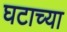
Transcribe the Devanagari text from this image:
घटाच्या